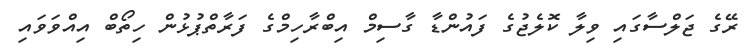
ރޭގެ ޖަލްސާގައި ވިލާ ކޮލެޖުގެ ފައުންޑާ ގާސިމް އިބްރާހިމްގެ ފަރާތްޕުޅުން ހިތޯބް އިއްވަވައި